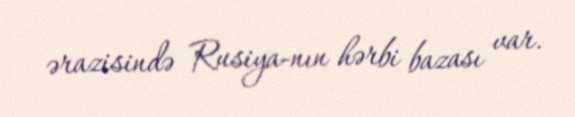
ərazisində Rusiya­nın hərbi bazası var.